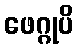
ဖေဂ္ဂုပိ